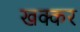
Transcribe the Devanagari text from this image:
खक्कर